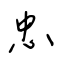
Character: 忠